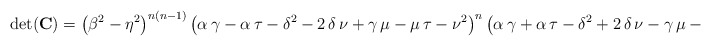
\begin{align*}\det(\bold{C}) = \left( \beta^2-\eta^2 \right)^{n(n-1)} \left(\alpha\,\gamma-\alpha\,\tau-{\delta}^{2}-2\,\delta\,\nu+\gamma\,\mu-\mu\,\tau-{\nu}^{2} \right)^n \left( \alpha\,\gamma+\alpha\,\tau-{\delta}^{2}+2\,\delta\,\nu-\gamma\,\mu-\mu\,\tau-{\nu}^{2} \right)^n.\end{align*}